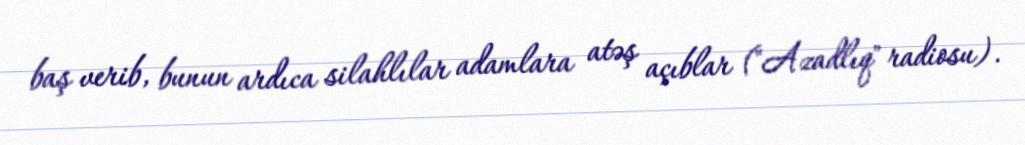
baş verib, bunun ardıca silahlılar adamlara atəş açıblar ("Azadlıq" radiosu).